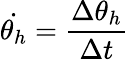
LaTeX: \dot{\theta_{h}}=\frac{\Delta\theta_{h}}{\Delta t}